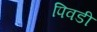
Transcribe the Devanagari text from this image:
पिवडी